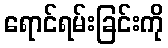
ရောင်ရမ်းခြင်းကို